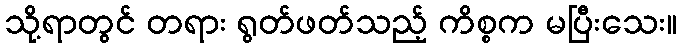
သို့ရာတွင် တရား ရွတ်ဖတ်သည့် ကိစ္စက မပြီးသေး။